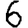
Digit: 6